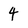
Character: 4